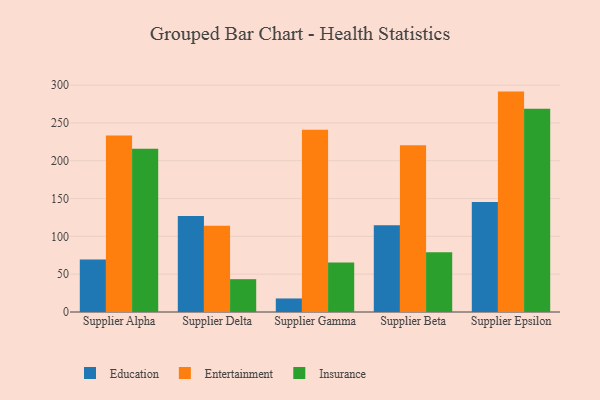
{"axis": {"x": "Supplier", "y": "Customer Acquisition Cost (USD)"}, "legend": ["Education", "Entertainment", "Insurance"], "data": [{"x": "Supplier Alpha", "y": 69.4, "type": "Education"}, {"x": "Supplier Alpha", "y": 233.3, "type": "Entertainment"}, {"x": "Supplier Alpha", "y": 215.8, "type": "Insurance"}, {"x": "Supplier Delta", "y": 127.0, "type": "Education"}, {"x": "Supplier Delta", "y": 114.0, "type": "Entertainment"}, {"x": "Supplier Delta", "y": 43.4, "type": "Insurance"}, {"x": "Supplier Gamma", "y": 17.9, "type": "Education"}, {"x": "Supplier Gamma", "y": 240.9, "type": "Entertainment"}, {"x": "Supplier Gamma", "y": 65.5, "type": "Insurance"}, {"x": "Supplier Beta", "y": 114.7, "type": "Education"}, {"x": "Supplier Beta", "y": 220.4, "type": "Entertainment"}, {"x": "Supplier Beta", "y": 78.9, "type": "Insurance"}, {"x": "Supplier Epsilon", "y": 145.4, "type": "Education"}, {"x": "Supplier Epsilon", "y": 291.4, "type": "Entertainment"}, {"x": "Supplier Epsilon", "y": 268.6, "type": "Insurance"}]}